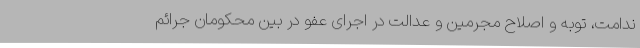
ندامت، توبه و اصلاح مجرمین و عدالت در اجرای عفو در بین محکومان جرائم